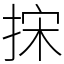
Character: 㧲